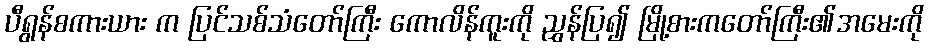
ပီရွန်စကားယား က ပြင်သစ်သံတော်ကြီး ကောလိန်ကူးကို ညွှန်ပြ၍ မြို့စားကတော်ကြီး၏အမေးကို